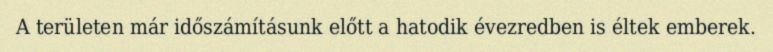
A területen már időszámításunk előtt a hatodik évezredben is éltek emberek.